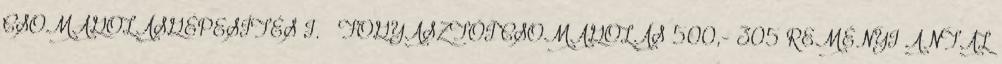
CSOMAGOLÁSGÉPESÍTÉS I. – FOGYASZTÓI CSOMAGOLÁS 500,- 305 REMÉNYI ANTAL